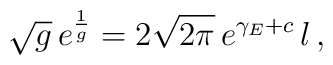
\sqrt{g}\, e^\frac{1}{g}      = 2\sqrt{2\pi}\, e^{\gamma_E+c}\,  l \, ,